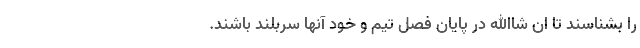
را بشناسند تا ان شاالله در پایان فصل تیم و خود آنها سربلند باشند.